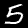
Label: 5